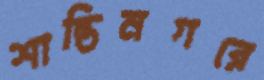
শান্তিনগরে